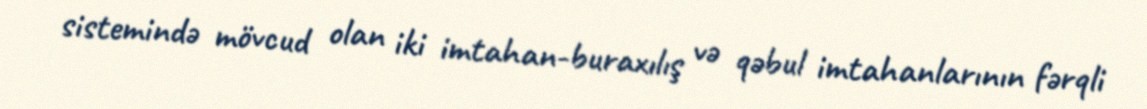
sistemində mövcud olan iki imtahan-buraxılış və qəbul imtahanlarının fərqli